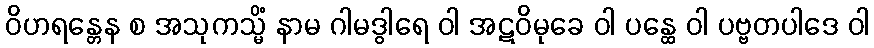
ဝိဟရန္တေန စ အသုကသ္မိံ နာမ ဂါမဒွါရေ ဝါ အဋဝိမုခေ ဝါ ပန္ထေ ဝါ ပဗ္ဗတပါဒေ ဝါ